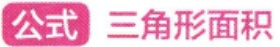
公式 三角形面积